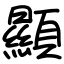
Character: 顯